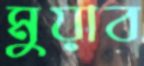
মুয়াব